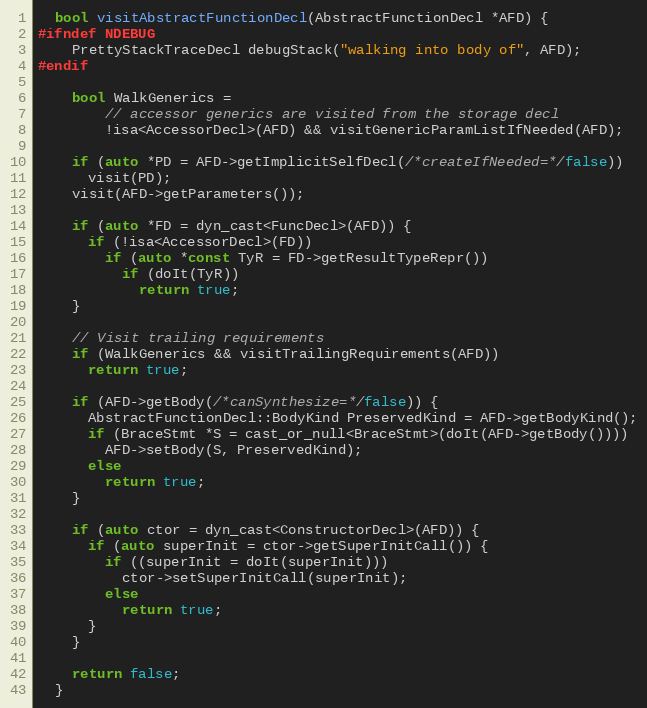
Language: C++
  bool visitAbstractFunctionDecl(AbstractFunctionDecl *AFD) {
#ifndef NDEBUG
    PrettyStackTraceDecl debugStack("walking into body of", AFD);
#endif

    bool WalkGenerics =
        // accessor generics are visited from the storage decl
        !isa<AccessorDecl>(AFD) && visitGenericParamListIfNeeded(AFD);

    if (auto *PD = AFD->getImplicitSelfDecl(/*createIfNeeded=*/false))
      visit(PD);
    visit(AFD->getParameters());

    if (auto *FD = dyn_cast<FuncDecl>(AFD)) {
      if (!isa<AccessorDecl>(FD))
        if (auto *const TyR = FD->getResultTypeRepr())
          if (doIt(TyR))
            return true;
    }

    // Visit trailing requirements
    if (WalkGenerics && visitTrailingRequirements(AFD))
      return true;

    if (AFD->getBody(/*canSynthesize=*/false)) {
      AbstractFunctionDecl::BodyKind PreservedKind = AFD->getBodyKind();
      if (BraceStmt *S = cast_or_null<BraceStmt>(doIt(AFD->getBody())))
        AFD->setBody(S, PreservedKind);
      else
        return true;
    }

    if (auto ctor = dyn_cast<ConstructorDecl>(AFD)) {
      if (auto superInit = ctor->getSuperInitCall()) {
        if ((superInit = doIt(superInit)))
          ctor->setSuperInitCall(superInit);
        else
          return true;
      }
    }

    return false;
  }